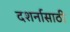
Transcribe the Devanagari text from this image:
दशर्नासाठी